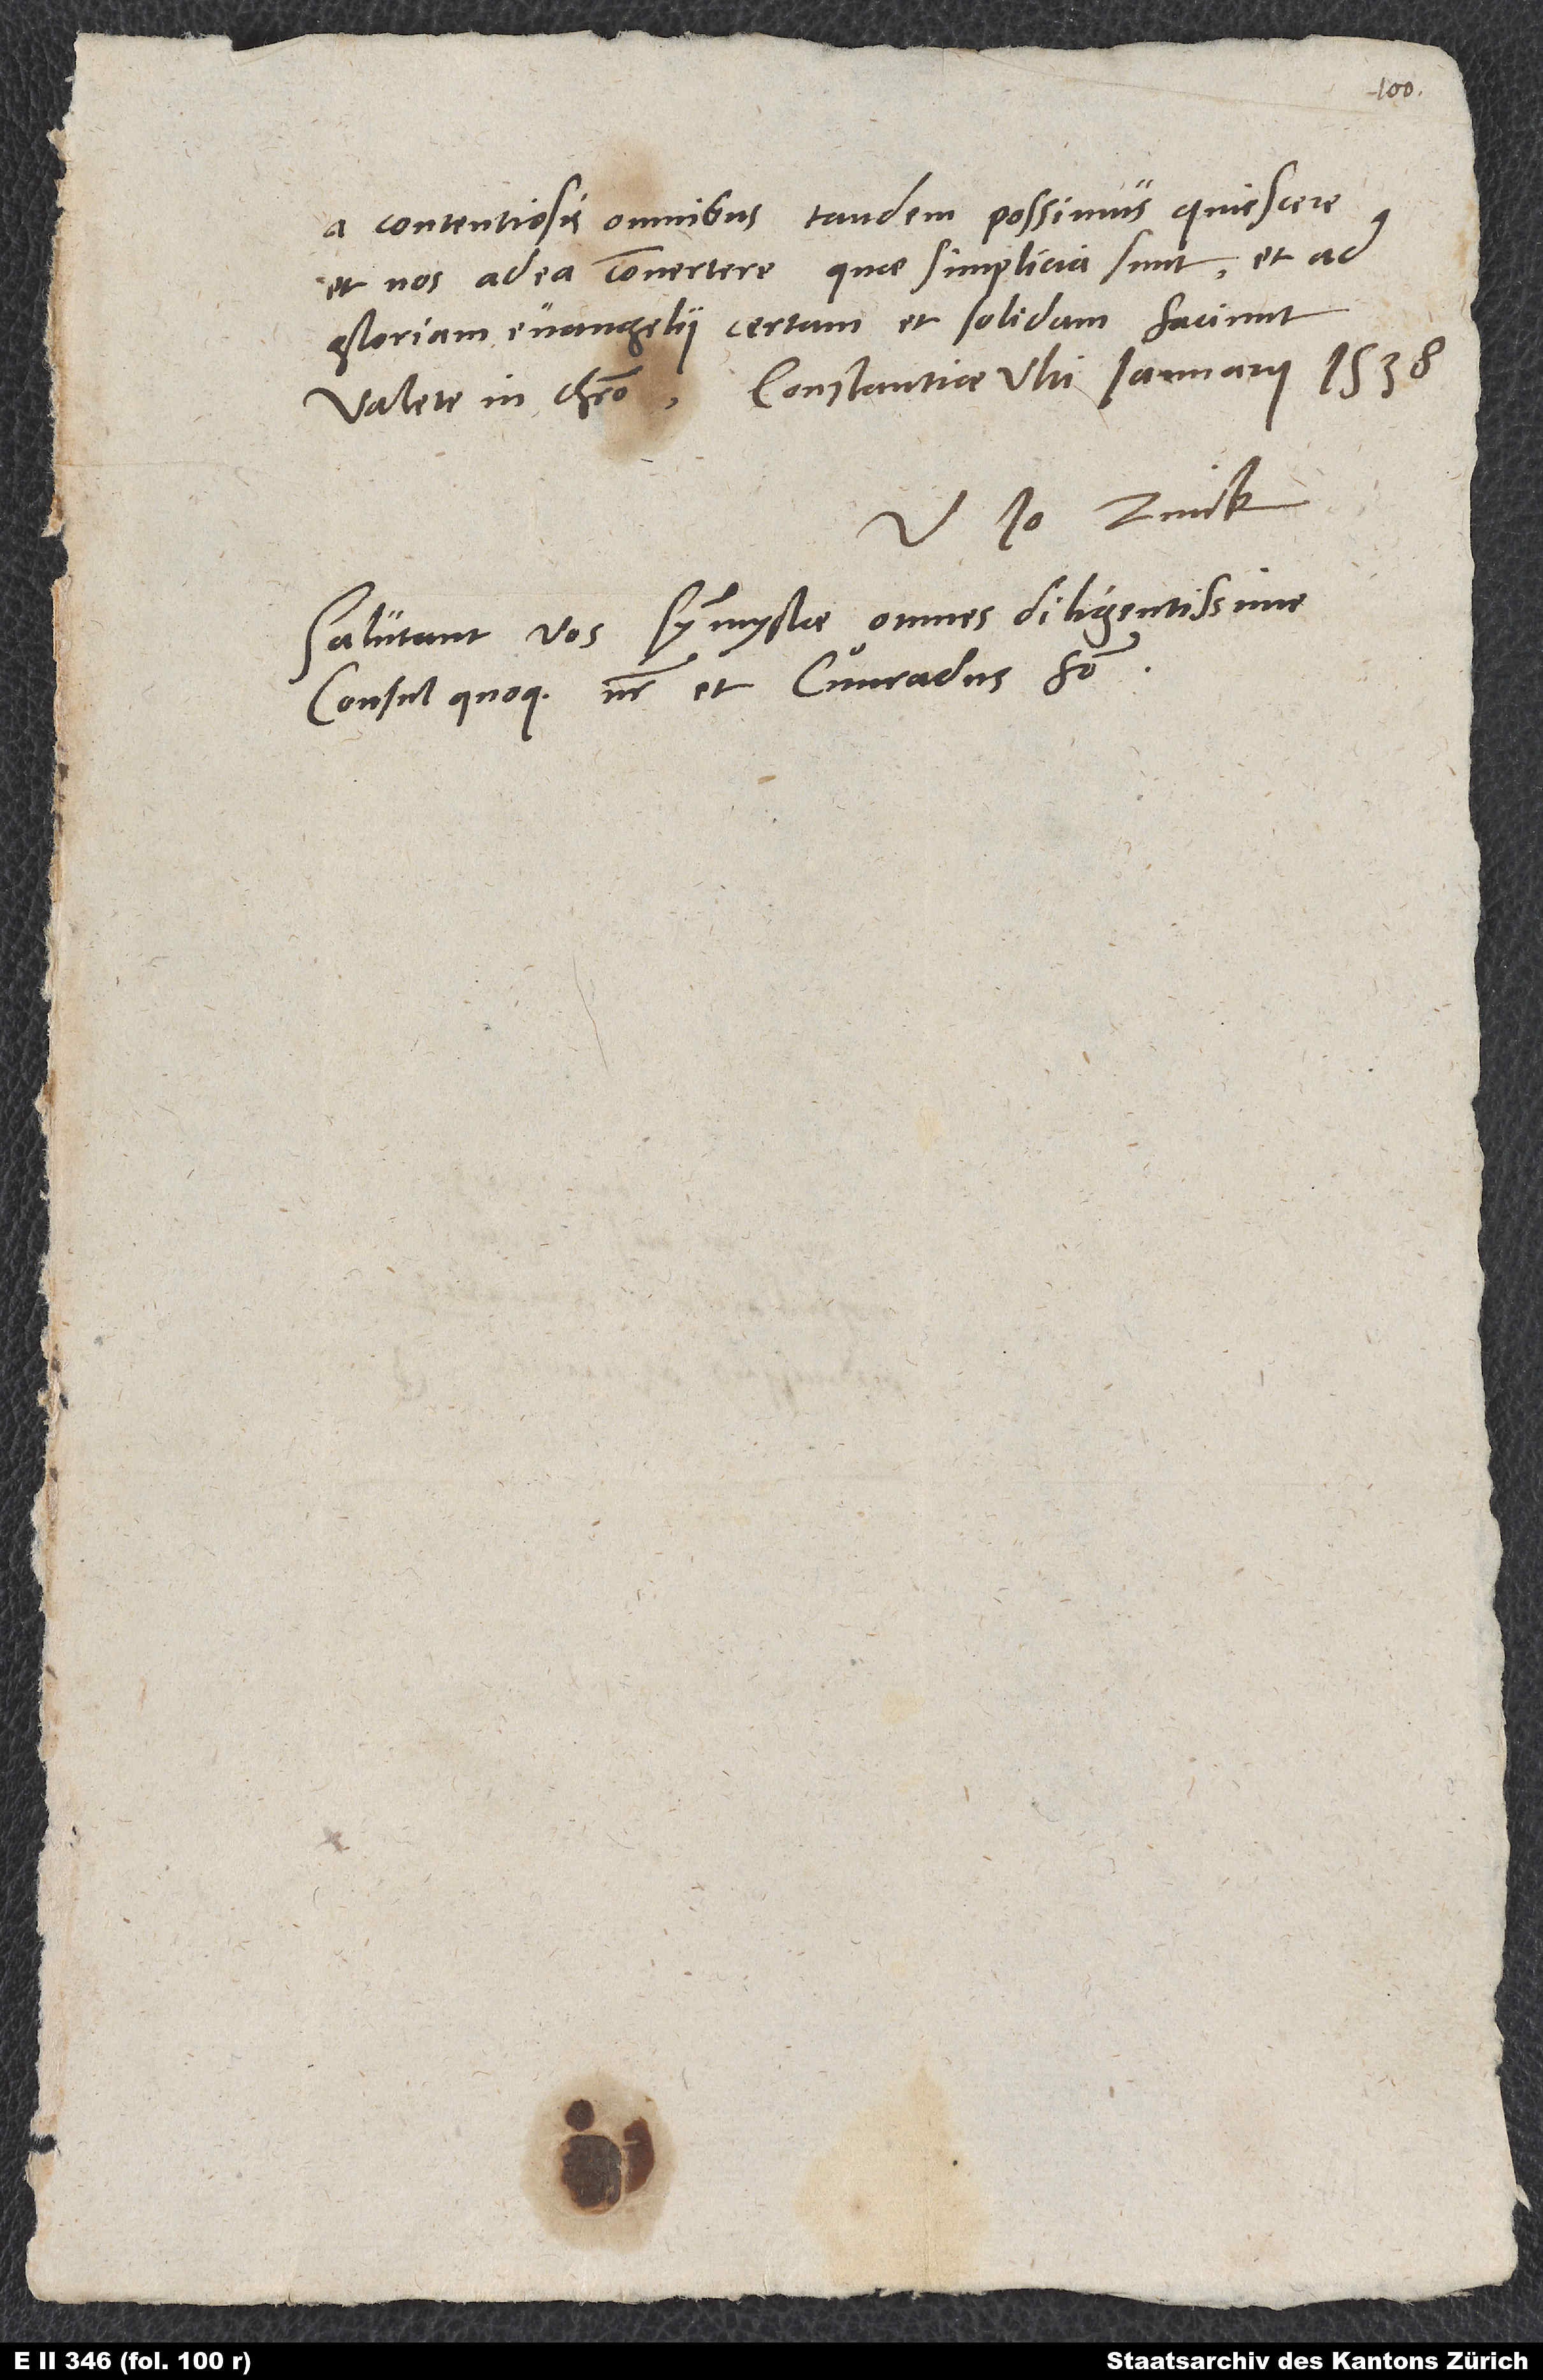
a contentiosis omnibus tandem possimus quiescere
et nos ad ea convertere, quae simplicia sunt et ad
gloriam evangelii certam et solidam faciunt.
1538.
Salutant vos symmystae omnes diligentissime,
consul quoque noster et Cuͦnradus frater.